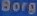
Borg